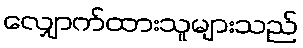
လျှောက်ထားသူများသည်